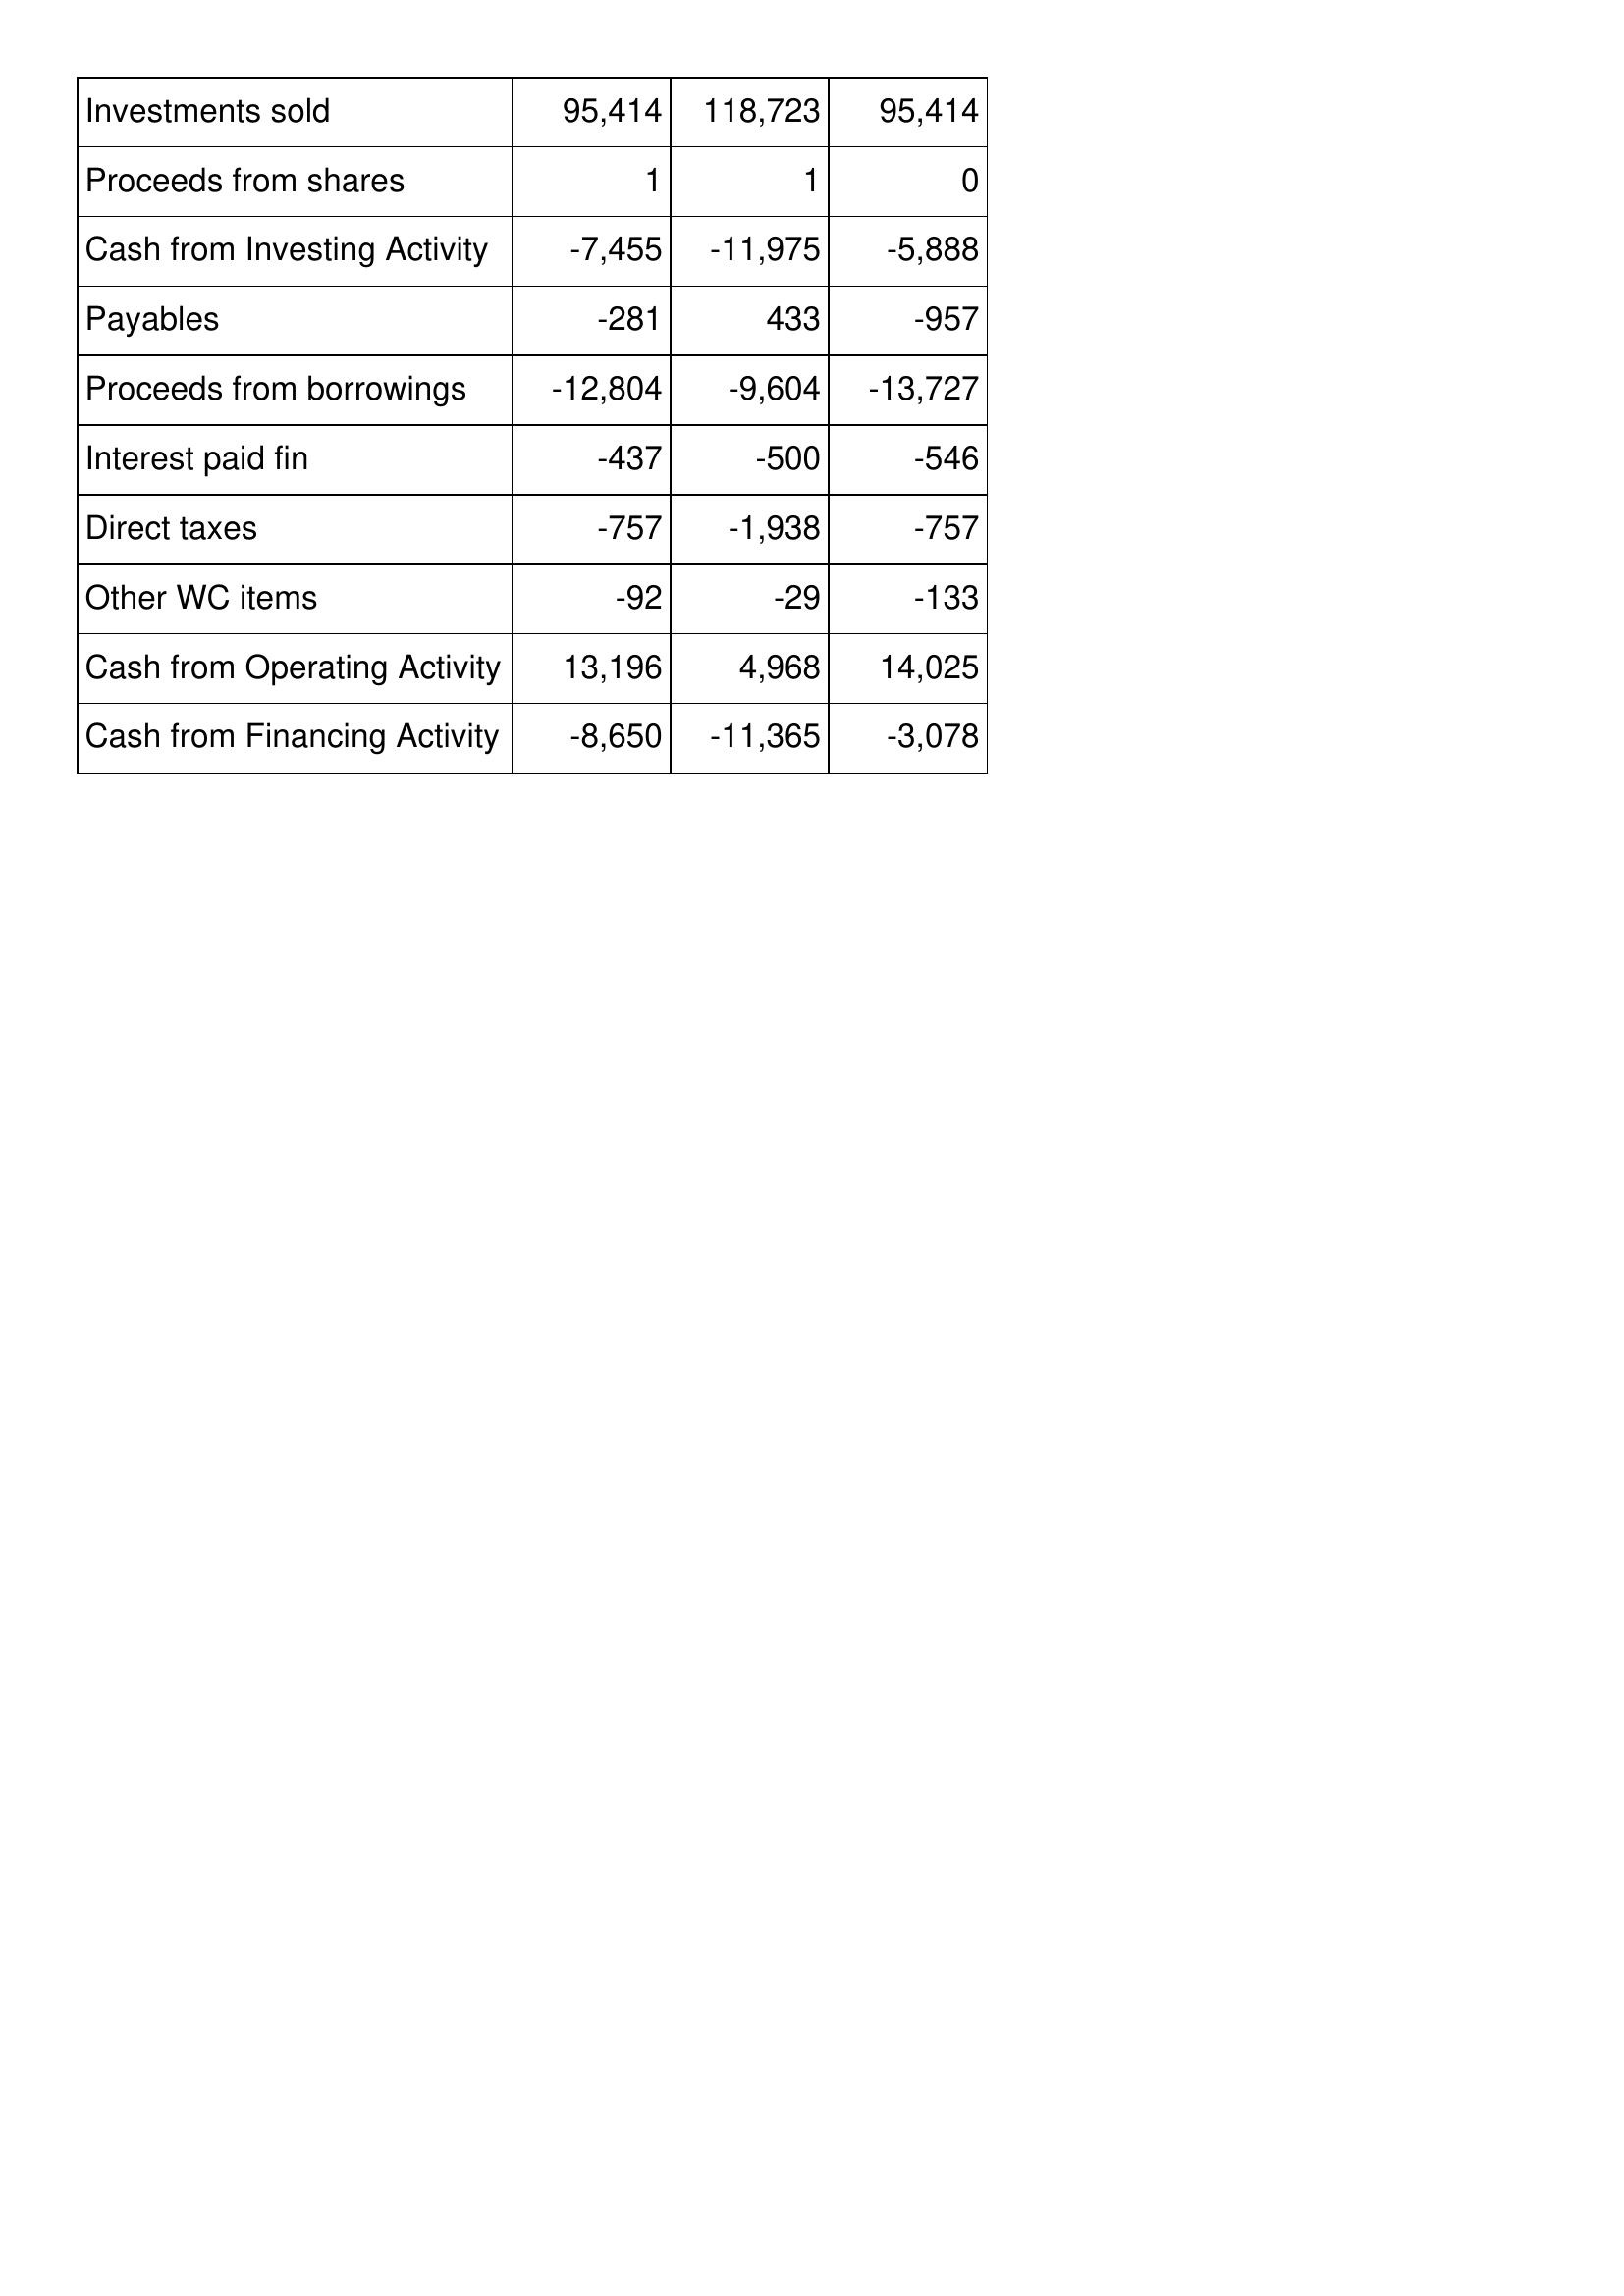
May-07: Cash Flows: Investments sold: 95,414
Proceeds from shares: 1
Cash from Investing Activity: -7,455
Payables: -281
Proceeds from borrowings: -12,804
Interest paid fin: -437
Direct taxes: -757
Other WC items: -92
Cash from Operating Activity: 13,196
Cash from Financing Activity: -8,650
May-06: Cash Flows: Investments sold: 118,723
Proceeds from shares: 1
Cash from Investing Activity: -11,975
Payables: 433
Proceeds from borrowings: -9,604
Interest paid fin: -500
Direct taxes: -1,938
Other WC items: -29
Cash from Operating Activity: 4,968
Cash from Financing Activity: -11,365
May-05: Cash Flows: Investments sold: 95,414
Proceeds from shares: 0
Cash from Investing Activity: -5,888
Payables: -957
Proceeds from borrowings: -13,727
Interest paid fin: -546
Direct taxes: -757
Other WC items: -133
Cash from Operating Activity: 14,025
Cash from Financing Activity: -3,078